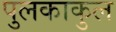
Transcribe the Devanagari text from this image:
पुलकाकुल